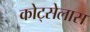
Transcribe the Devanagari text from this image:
कोट्सेलास